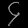
Digit: ၄